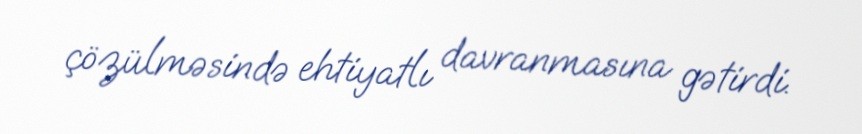
çözülməsində ehtiyatlı davranmasına gətirdi.